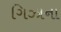
ગિઝાના